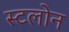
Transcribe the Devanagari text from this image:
स्टलोन